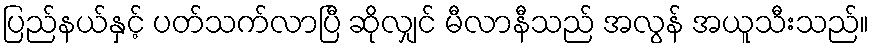
ပြည်နယ်နှင့် ပတ်သက်လာပြီ ဆိုလျှင် မီလာနီသည် အလွန် အယူသီးသည်။